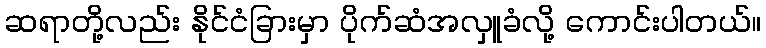
ဆရာတို့လည်း နိုင်ငံခြားမှာ ပိုက်ဆံအလှူခံလို့ ကောင်းပါတယ်။